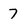
Character: 7